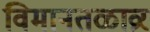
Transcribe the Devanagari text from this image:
विमानतळाव्रर